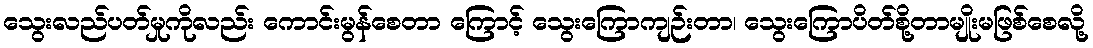
သွေးလည်ပတ်မှုကိုလည်း ကောင်းမွန်စေတာ ကြောင့် သွေးကြောကျဉ်းတာ၊ သွေးကြောပိတ်စို့တာမျိုးမဖြစ်စေလို့